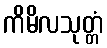
ကိမိလသုတ္တံ